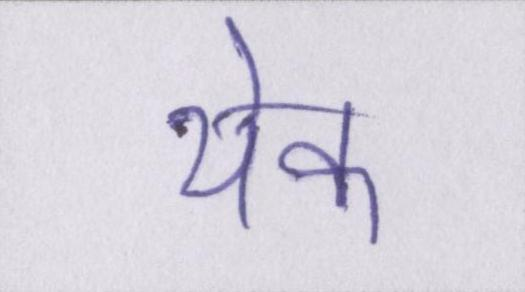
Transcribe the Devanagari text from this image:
येक